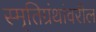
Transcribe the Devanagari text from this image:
स्मृतिग्रंथांवरील